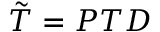
\tilde { \cal T } = { \cal P } { \cal T } { \cal D }